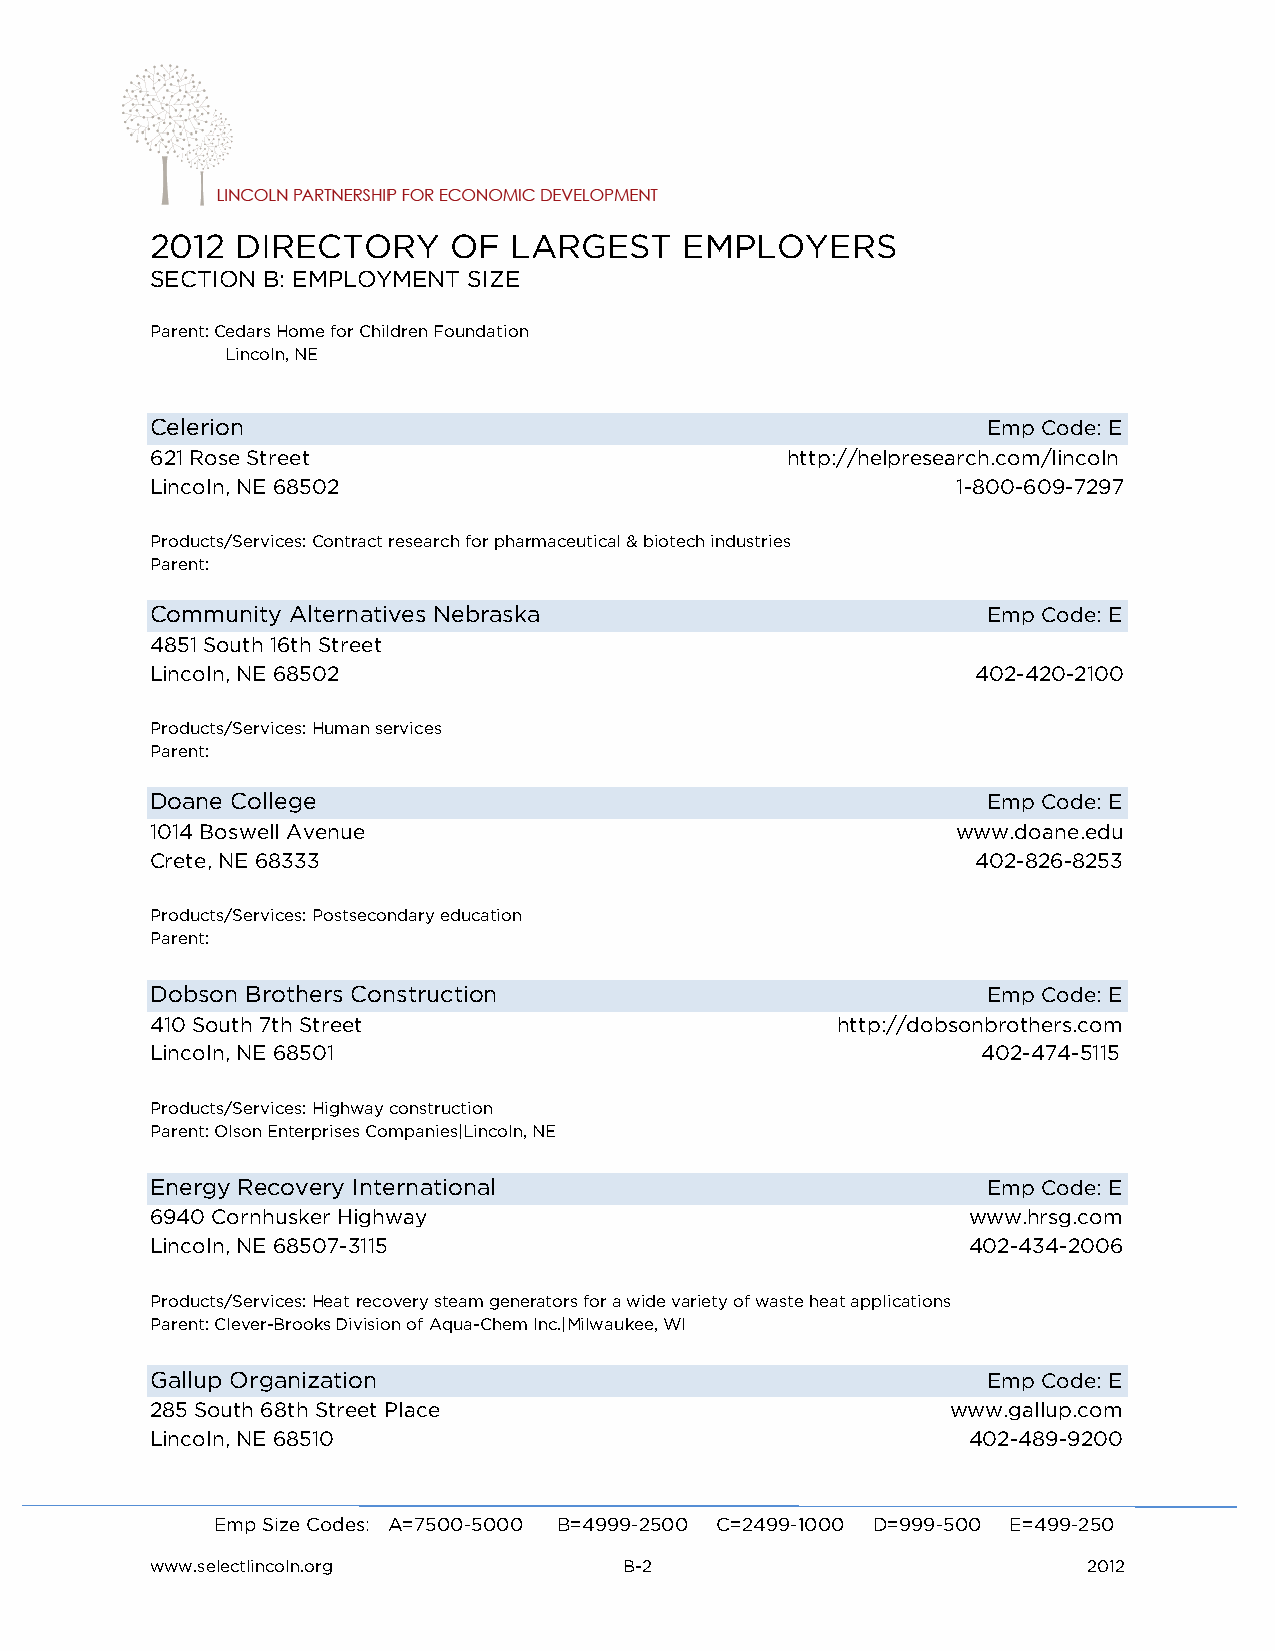
2012  DIRECTORY     OF  LARGEST    EMPLOYERS
 SECTION B: EMPLOYMENT SIZE
 Parent: Cedars Home for Children Foundation
 Lincoln, NE
 Celerion                                               Emp Code: E
 621 Rose Street                           http://helpresearch.com/lincoln
 Lincoln, NE 68502                                    1-800-609-7297
 Products/Services: Contract research for pharmaceutical & biotech industries
 Parent:
 Community Alternatives Nebraska                        Emp Code: E
 4851 South 16th Street
 Lincoln, NE 68502                                      402-420-2100
 Products/Services: Human services
 Parent:
 Doane College                                          Emp Code: E
 1014 Boswell Avenue                                  www.doane.edu
 Crete, NE 68333                                        402-826-8253
 Products/Services: Postsecondary education
 Parent:
 Dobson Brothers Construction                           Emp Code: E
 410 South 7th Street                         http://dobsonbrothers.com
 Lincoln, NE 68501                                      402-474-5115
 Products/Services: Highway construction
 Parent: Olson Enterprises Companies|Lincoln, NE
 Energy Recovery International                          Emp Code: E
 6940 Cornhusker Highway                               www.hrsg.com
 Lincoln, NE 68507-3115                                402-434-2006
 Products/Services: Heat recovery steam generators for a wide variety of waste heat applications
 Parent: Clever-Brooks Division of Aqua-Chem Inc.|Milwaukee, WI
 Gallup Organization                                    Emp Code: E
 285 South 68th Street Place                          www.gallup.com
 Lincoln, NE 68510                                     402-489-9200
 Emp Size Codes: A=7500-5000 B=4999-2500 C=2499-1000 D=999-500 E=499-250
 www.selectlincoln.org          B-2                            2012